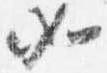
如